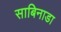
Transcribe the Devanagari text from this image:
साबिनाडा